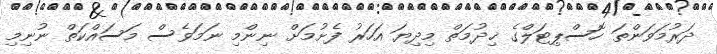
ދަރުމަވަންތަ ހޮސްޕިޓަލްގެ ޚިދުމަތް މިދިޔަ އަހަރު ފެށުމަށް ނިންމި ނަމަވެސް މަސައްކަތް ނުނިމި